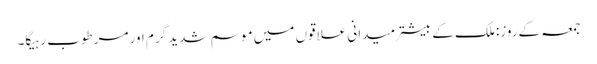
جمعہ کےروز: ملک کے بیشتر میدانی علاقوں میں موسم شدید گرم اور مرطوب رہیگا۔